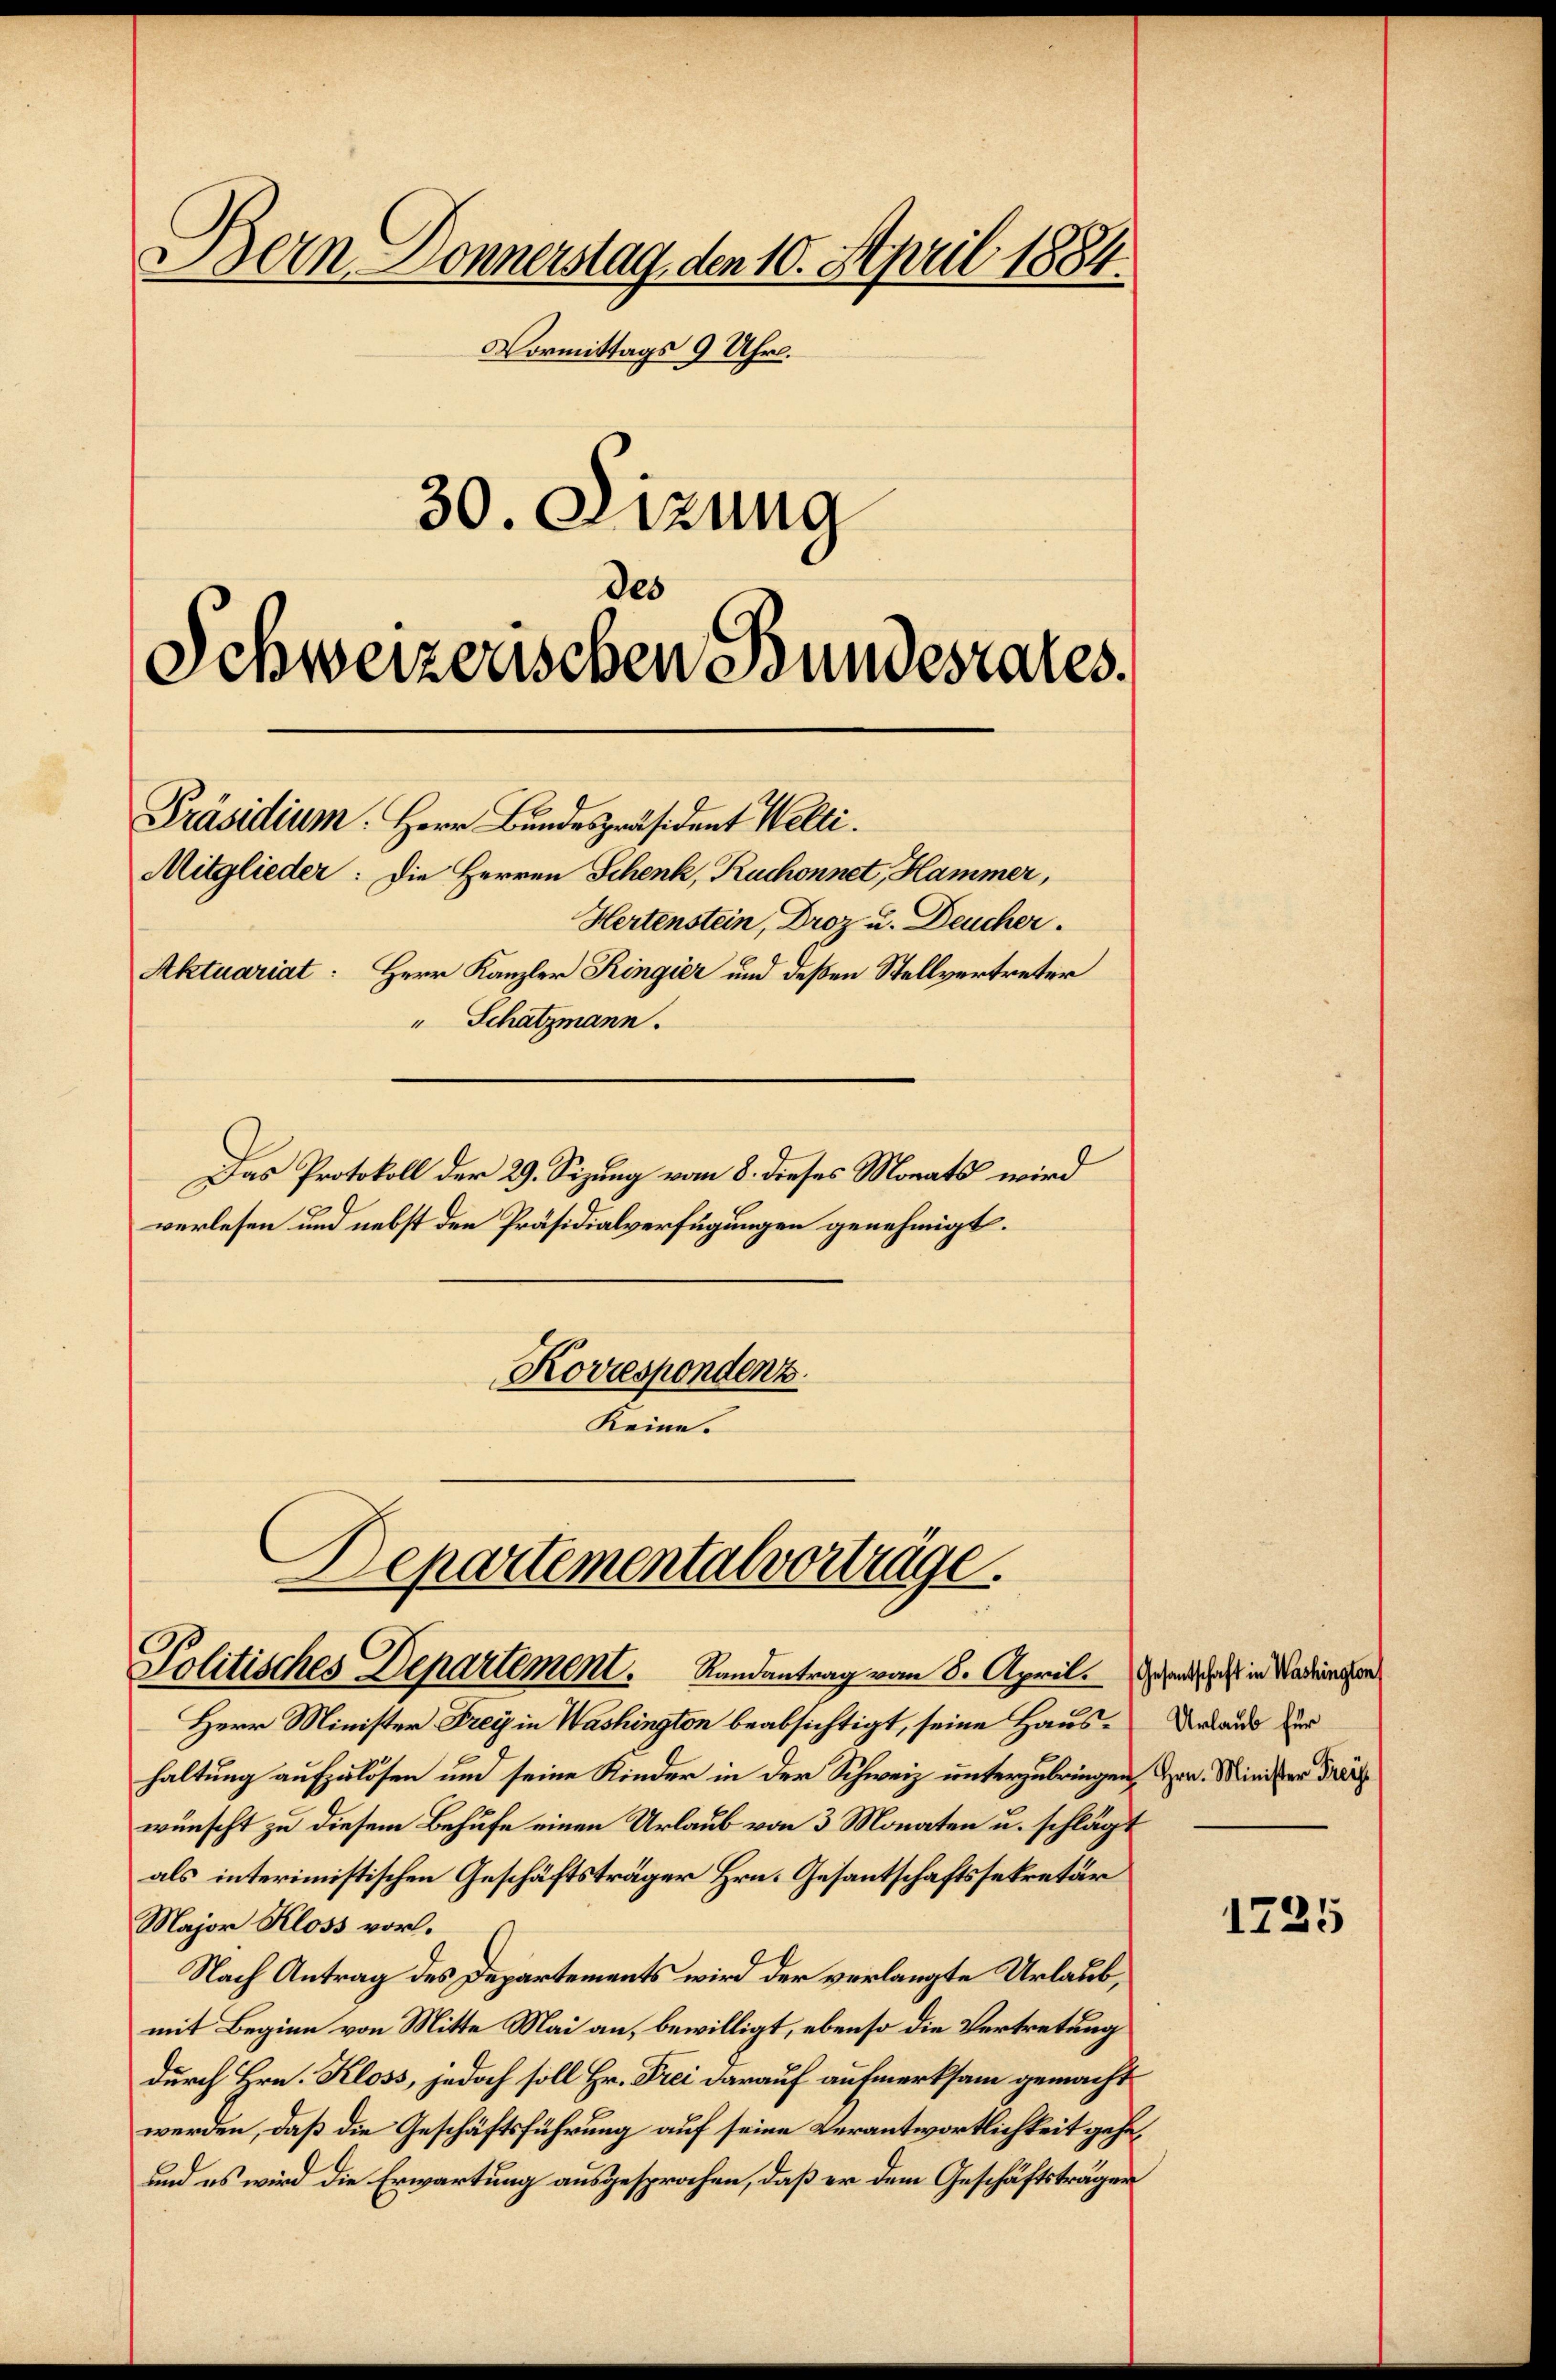
Bern Donnerstag, den 10. April 1884.
Vormittags 9 Uhr.
30. Sizung

Schweizerischen Bundesrates.

Präsidium. Herr Bundespräsident Welti.

Mitglieder: Die Herren Schenk, Ruchonnet, Hammer,
Hertenstein, Droz u. Deucher.
Aktuariat: Herr Kanzler Ringier und deßen Stellvertreter
" Schatzmann.
Das Protokoll der 29. Sizung vom 8. dieses Monats wird
verlesen und nebst den Präsidialverfügungen genehmigt.
Korrespondenz.
Keine.

Departemental vorträge.

Politisches Departement.   Rundantrag vom 8. April. Denn sich in Nade
Herr Minister Frey in Washington beabsichtigt, seine Haus¬ Draus zur
haltung aufzulösen und seine Kinder in der Schweiz unterzubringen, Her. Minister dra
wünscht zu diesem Behufe einen Urlaub von 3 Monaten u. schlägt
als interimistischen Geschäftsträger Hrn. Gesantschaftssekretär
Major Kloss vor.
Nach Antrag des Departements wird der verlangte Urlaub,
mit Beginn von Mitte Mai an, bewilligt, ebenso die Vertretung
durch Hrn. Kloss, jedoch soll Hr. Frei darauf aufmerksam gemacht
werden, daß die Geschäftsführung auf seine Verantwortlichkeit gehe,
und es wird die Erwartung ausgesprochen, daß er dem Geschäftsträger

1725